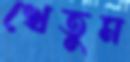
খেতুম